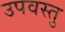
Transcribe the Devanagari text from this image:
उपवस्तु